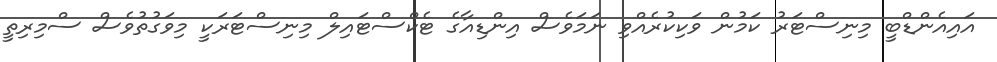
އައިއެންޑްބީ މިނިސްޓަރު ކަމުން ވަކިކުރެއްވި ނަމަވެސް އިންޑިއާގެ ޓެކްސްޓައިލް މިނިސްޓަރަކީ މިވަގުތުވެސް ސްމިރިތީ